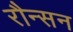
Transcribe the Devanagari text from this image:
रौन्सन